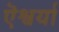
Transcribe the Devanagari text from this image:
ऎश्वर्या